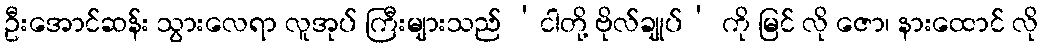
ဦးအောင်ဆန်း သွားလေရာ လူအုပ် ကြီးများသည် ‘ငါတို့ ဗိုလ်ချုပ်’ ကို မြင် လို ဇော၊ နားထောင် လို